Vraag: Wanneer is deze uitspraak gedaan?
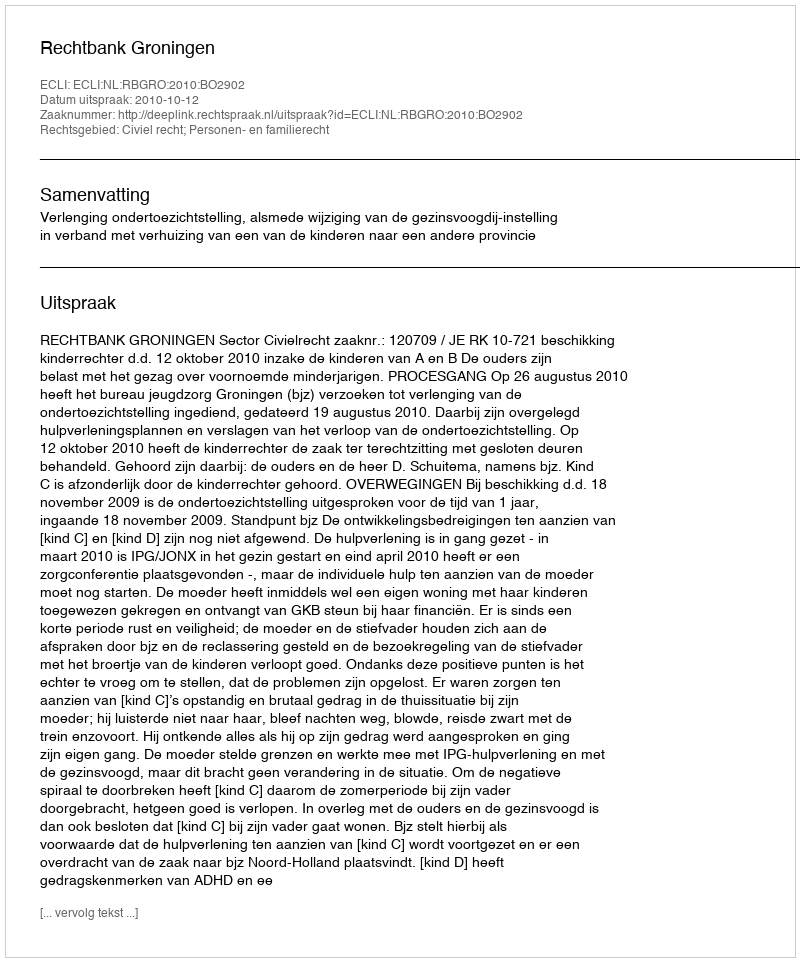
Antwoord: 2010-10-12